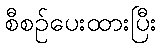
စီစဉ်ပေးထားပြီး